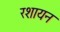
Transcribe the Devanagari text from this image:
रशायन